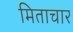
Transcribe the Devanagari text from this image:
मिताचार